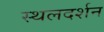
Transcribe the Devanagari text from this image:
स्थलदर्शन